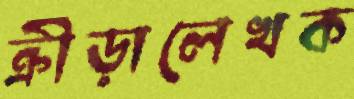
ক্রীড়ালেখক